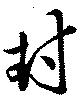
封